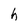
Character: h